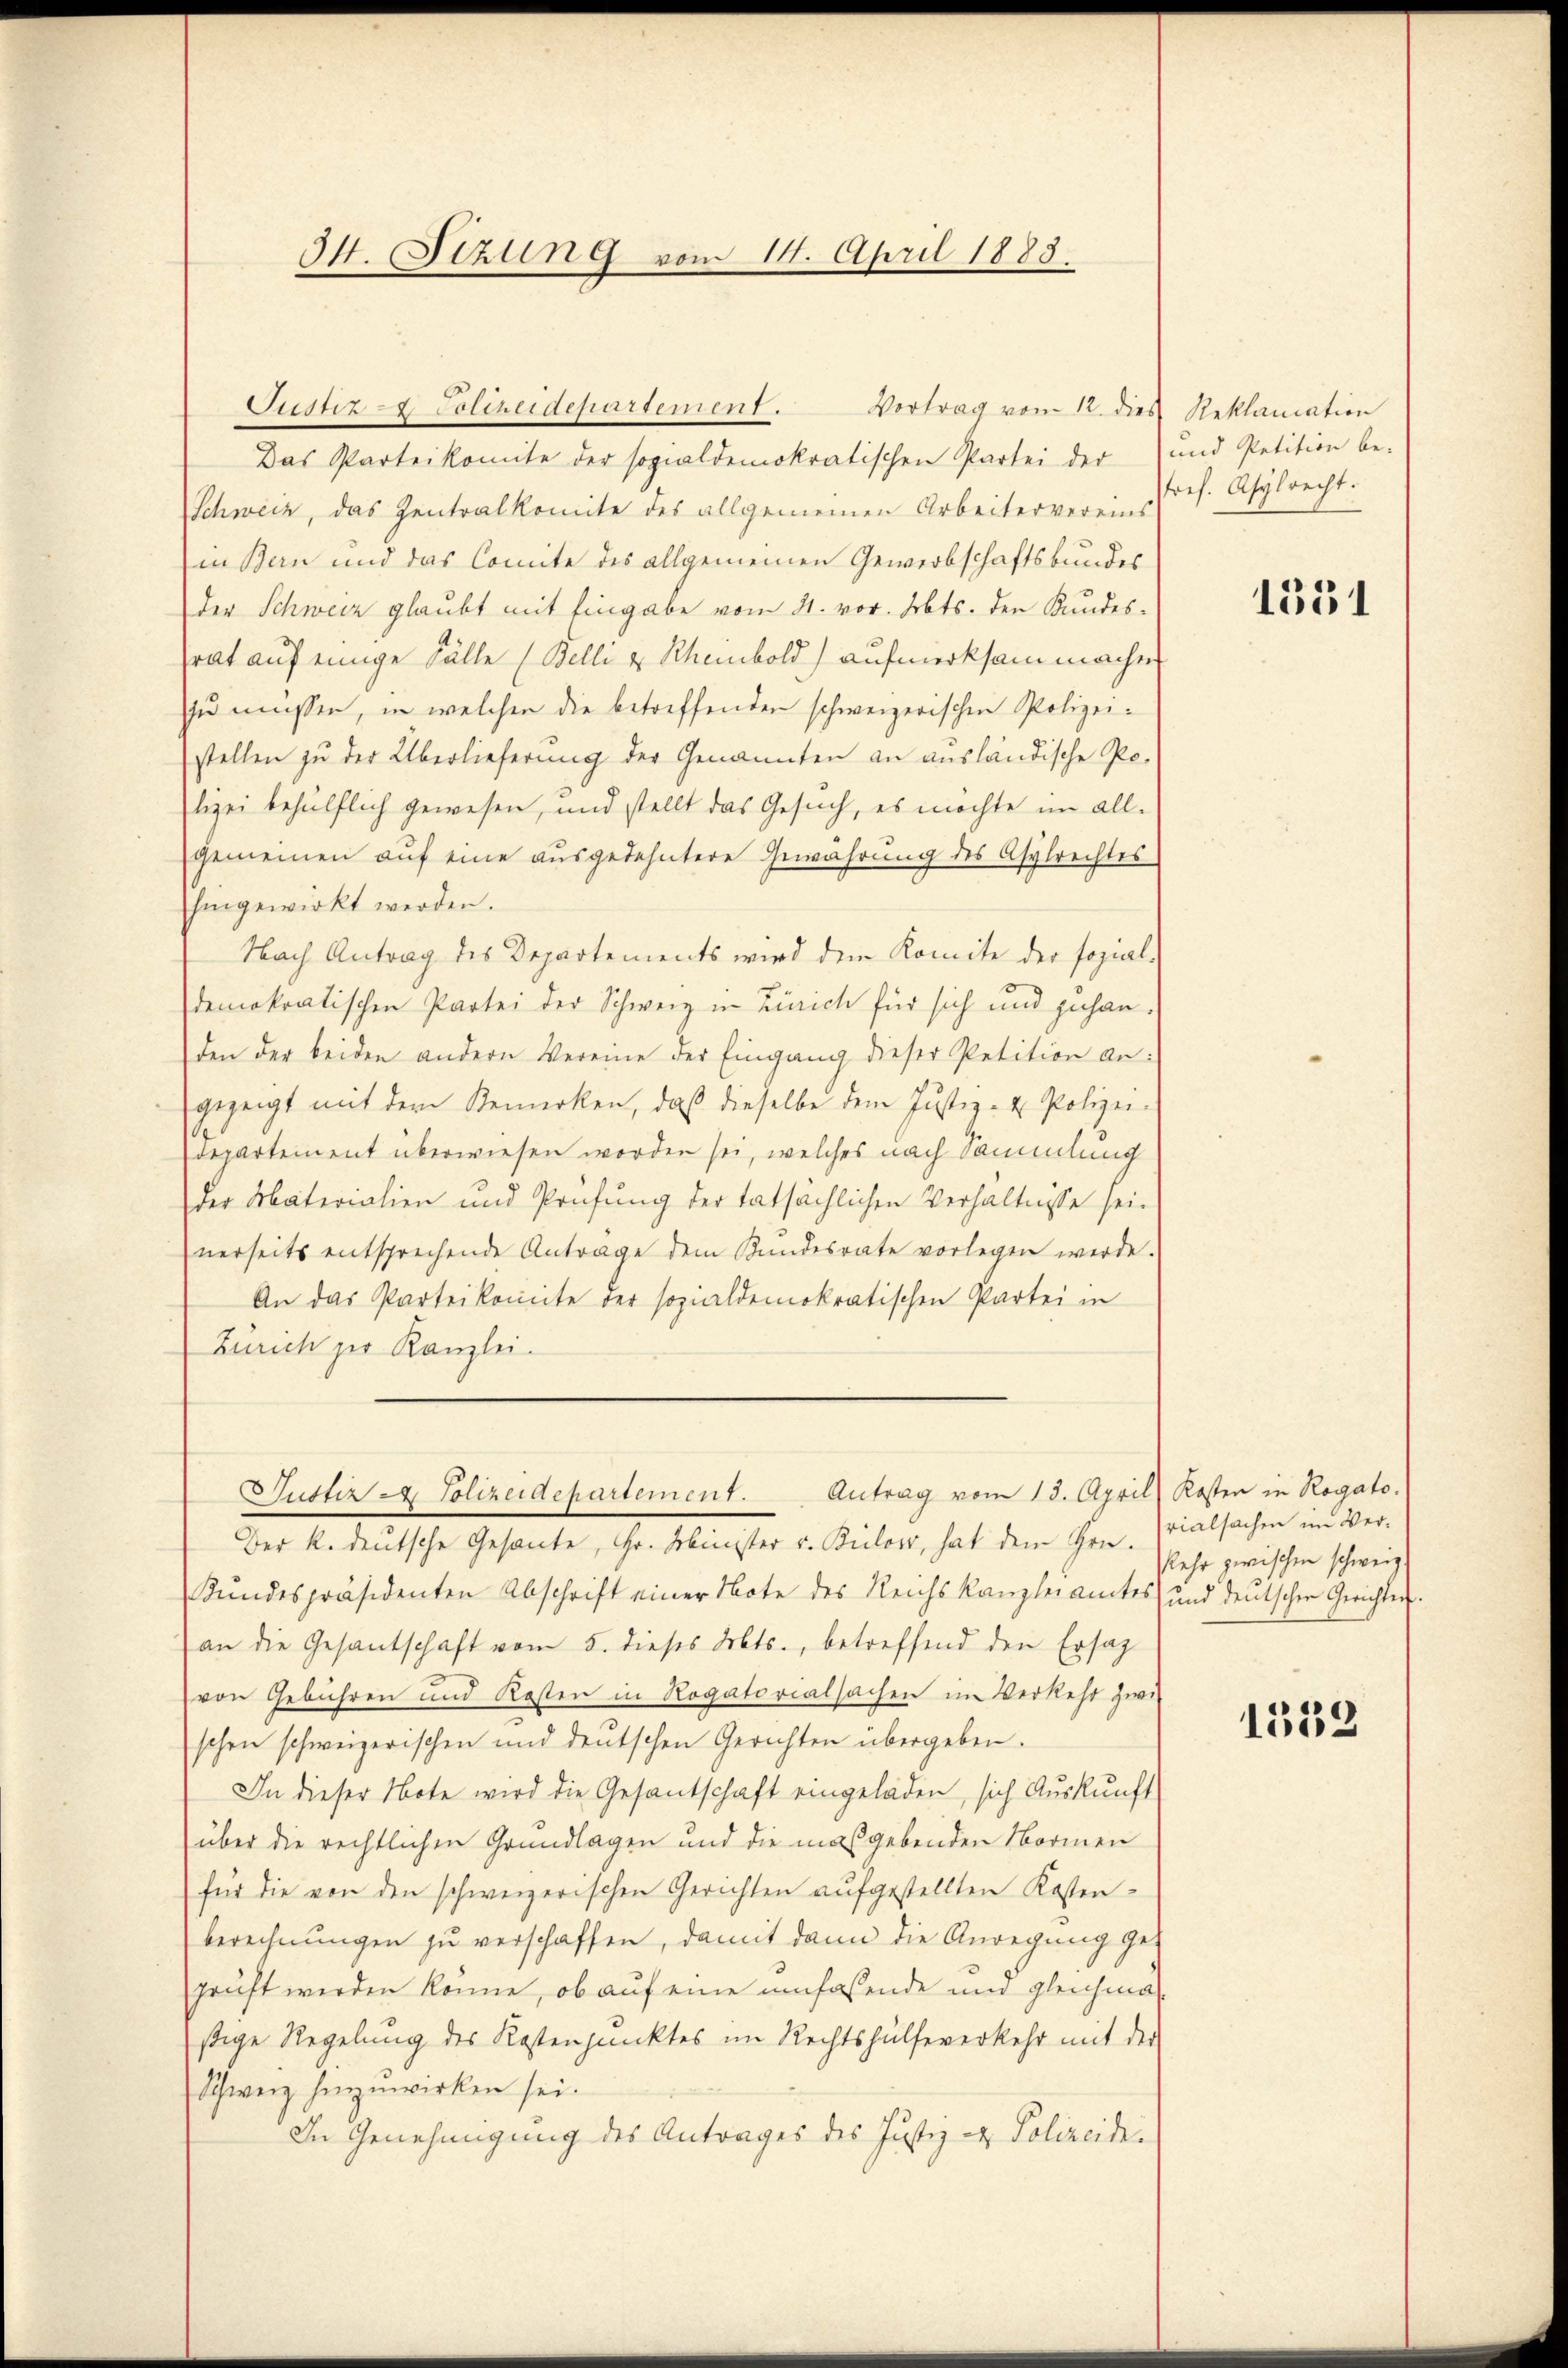
34. Sizung vom 14. April 1883.

Das Parteikomite der sozialdemokratischen Partei der und Petition be-
Schweiz, das Zentralkomite des allgemeinen Arbeitervereins
in Bern und das Comite des allgemeinen Gewerbschaftsbundes
der Schweiz glaubt mit Eingabe vom 21. vor. Jbts. den Kundes-
rat auf einige Fälle (Belli u. Rheinbold) aufmerksam machen
zu müssen, in welchen die betreffenden schweizerischen Polizeistellen zu der Überlieferung der Genannten an ausländische Po-
lizei behülflich gewesen, und stellt das Gesuch, es möchte im all-
gemeinen auf eine ausgedehntere Gewährung des Asylrechtes
hingewirkt werden.
Nach Antrag des Departements wird dem Komite der sozial-
demokratischen Partei der Schweiz in Zürich für sich und zuhan-
den der beiden andern Vereine der Eingang dieser Petition an:
gezeigt mit dem Bemerken, daβ dieselbe dem Justiz- & Polizei-
departement überwiesen worden sei, welches nach Sammlung
der Materialien und Prüfung der tatsächlichen Verhältnisse sei.
nerseits entsprechende Antrage dem Kundesrate vorlegen werde.
An das Parteikomite der sozialdemokratischen Partei in
Zürich der Kanzlei.
Justiz - Polizeidepartement. Antrag vom 13. April Kosten in Rogato
Der K. deutsche Gesante, Hr. Minister v. Bilow, hat dem Hrn.
Kundespräsidenten Abschrift einer Note des Reichskanzleiamtes und deutschen Gerichten.
an die Gesantschaft vom 5. dieses Mts., betreffend den Ersatz
von Gebühren und Kosten in Rogatorialsachen im Verkehr zwi
schon schweizerischen und deutschen Gerichten übergeben.
In dieser Note wird die Gesantschaft eingeladen, sich Auskunft
über die rechtlichen Grundlagen und die maßgebenden Normen
für die von den schweizerischen Gerichten aufgestellten Kosten-
berechnungen zu verschaffen, damit dann die Anregung geprüft werden könne, ob auf eine umfassende und gleichmastige Regelung des Kostenpunktes im Rechtshülfe verkehr mit der
Schweiz hinzuwirken sei.
In Genehmigung des Antrages des Justiz- & Polizeidei

Justiz - Polizeidepartement. Vortrag vom 12. dies Reklamation

ref. Asylrecht.

1331

vialsachen im Verkehr zwischen schweiz.

1539